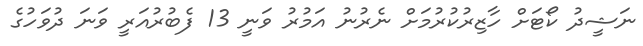
ނަޝީދު ކޯޓަށް ހާޒިރުކުރުމަށް ނެރުނު އަމުރު ވަނީ 13 ފެބުރުއަރީ ވަނަ ދުވަހުުގެ